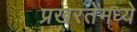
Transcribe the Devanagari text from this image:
प्रखरतेमध्ये